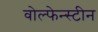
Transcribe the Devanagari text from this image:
वोल्फेन्स्टीन